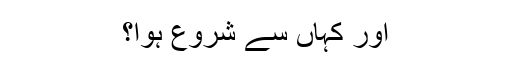
اور کہاں سے شروع ہوا؟